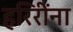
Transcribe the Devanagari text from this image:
हरिरींना